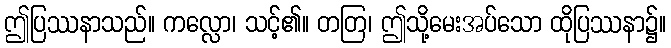
ဤပြဿနာသည်။ ကလ္လော၊ သင့်၏။ တတြ၊ ဤသို့မေးအပ်သော ထိုပြဿနာ၌။